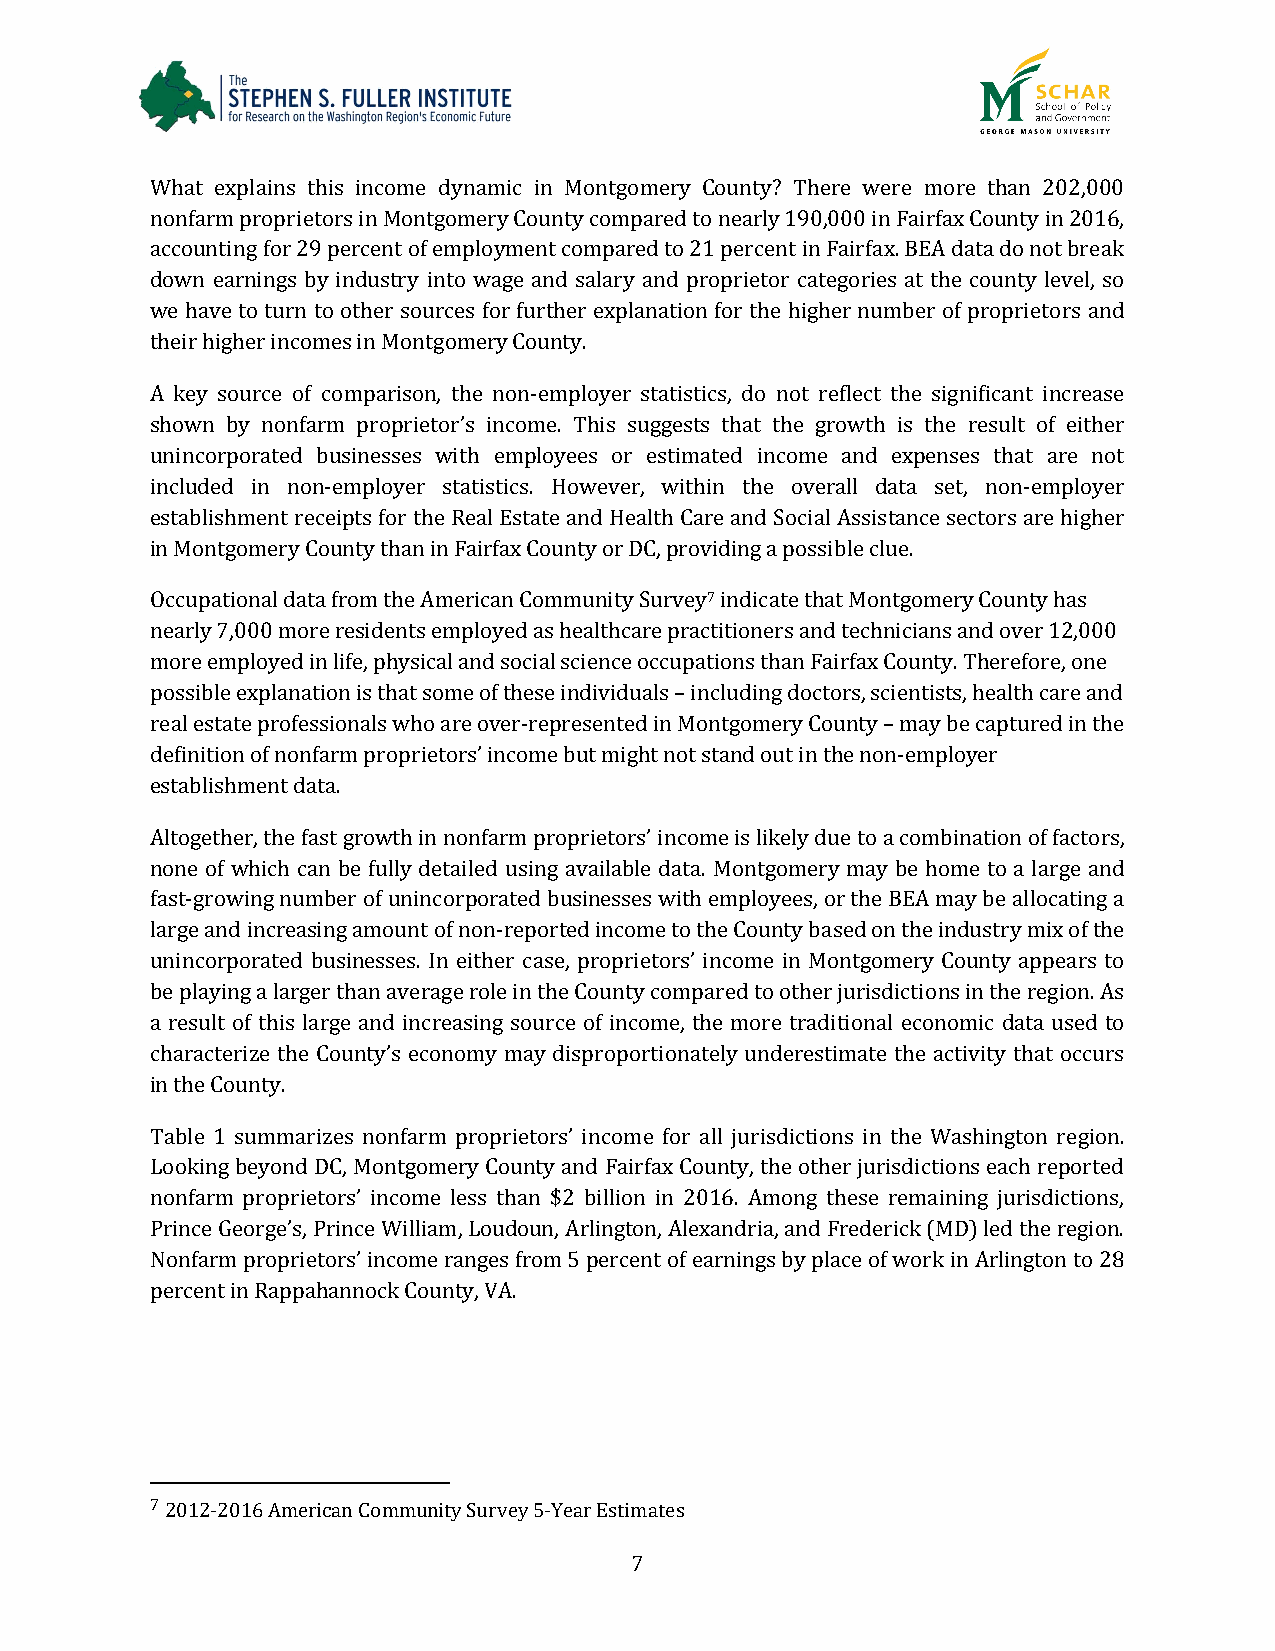
What explains this income dynamic in Montgomery County? There were more than 202,000
 nonfarm proprietors in Montgomery County compared to nearly 190,000 in Fairfax County in 2016,
 accounting for 29 percent of employment compared to 21 percent in Fairfax. BEA data do not break
 down earnings by industry into wage and salary and proprietor categories at the county level, so
 we have to turn to other sources for further explanation for the higher number of proprietors and
 their higher incomes in Montgomery County.
 A key source of comparison, the non-employer statistics, do not reflect the significant increase
 shown by nonfarm proprietor’s income. This suggests that the growth is the result of either
 unincorporated businesses with employees or estimated income and expenses that are not
 included in non-employer statistics. However, within the overall data set, non-employer
 establishment receipts for the Real Estate and Health Care and Social Assistance sectors are higher
 in Montgomery County than in Fairfax County or DC, providing a possible clue.
 Occupational data from the American Community Survey7 indicate that Montgomery County has
 nearly 7,000 more residents employed as healthcare practitioners and technicians and over 12,000
 more employed in life, physical and social science occupations than Fairfax County. Therefore, one
 possible explanation is that some of these individuals – including doctors, scientists, health care and
 real estate professionals who are over-represented in Montgomery County – may be captured in the
 definition of nonfarm proprietors’ income but might not stand out in the non-employer
 establishment data.
 Altogether, the fast growth in nonfarm proprietors’ income is likely due to a combination of factors,
 none of which can be fully detailed using available data. Montgomery may be home to a large and
 fast-growing number of unincorporated businesses with employees, or the BEA may be allocating a
 large and increasing amount of non-reported income to the County based on the industry mix of the
 unincorporated businesses. In either case, proprietors’ income in Montgomery County appears to
 be playing a larger than average role in the County compared to other jurisdictions in the region. As
 a result of this large and increasing source of income, the more traditional economic data used to
 characterize the County’s economy may disproportionately underestimate the activity that occurs
 in the County.
 Table 1 summarizes nonfarm proprietors’ income for all jurisdictions in the Washington region.
 Looking beyond DC, Montgomery County and Fairfax County, the other jurisdictions each reported
 nonfarm proprietors’ income less than $2 billion in 2016. Among these remaining jurisdictions,
 Prince George’s, Prince William, Loudoun, Arlington, Alexandria, and Frederick (MD) led the region.
 Nonfarm proprietors’ income ranges from 5 percent of earnings by place of work in Arlington to 28
 percent in Rappahannock County, VA.
 7 2012-2016 American Community Survey 5-Year Estimates
 7